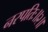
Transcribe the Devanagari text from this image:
नरपतिः॥२॥